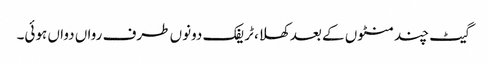
گیٹ چند منٹوں کے بعد کھلا، ٹریفک دونوں طرف رواں دواں ہوئی۔